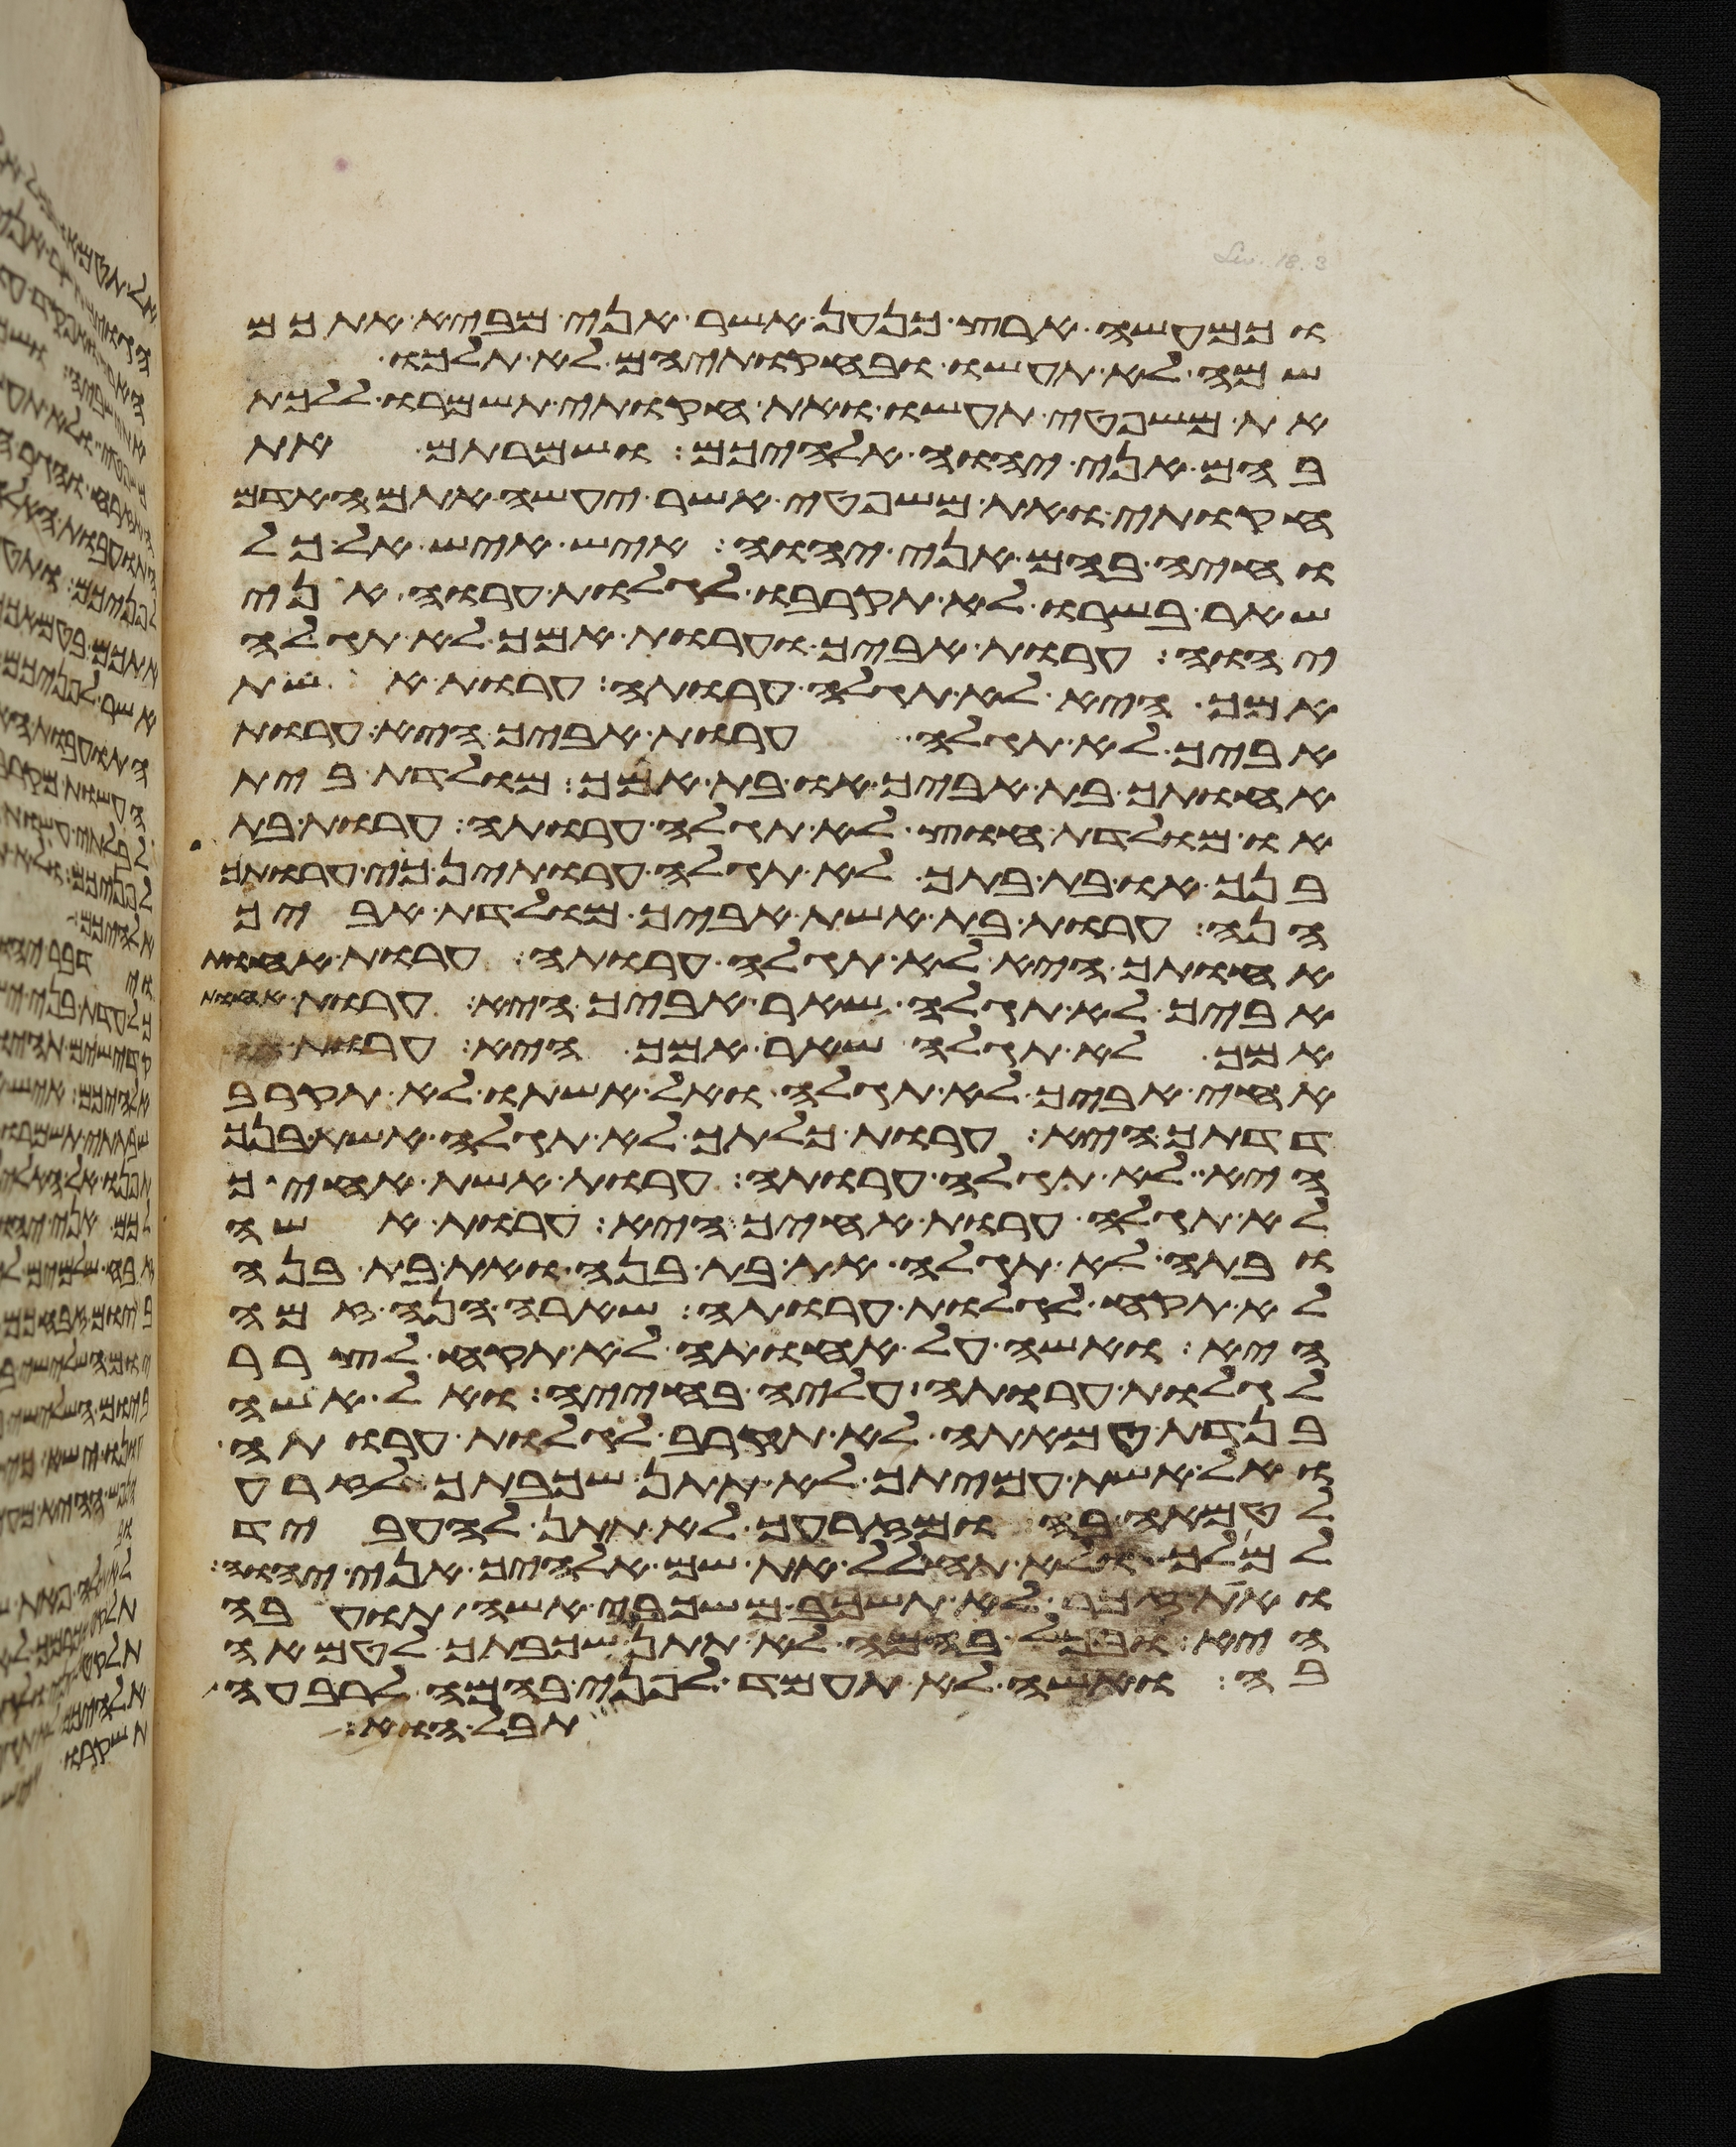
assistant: וכמעשה ארץ כנען אשר אני מביא אתכם
שמה לא תעשו ובחקתיהם לא תלכו
את משפטי תעשו ואת חקותי תשמרו ללכת
בהם אני יהוה אלהיכם ושמרתם את
חקותי ואת משפטי אשר יעשה אתם האדם
וחיה בהם אני יהוה איש איש אל כל
שאר בשרו לא תקרבו לגלות ערוה אני
יהוה ערות אביך וערות אמך לא תגלה
אמך היא לא תגלה ערותה ערות אשת
אביך לא תגלה ערות אביך היא ערות
אחותך בת אביך או בת אמך מולדת בית
או מולדת חוץ לא תגלה ערותה ערות בת
בנך או בת בתך לא תגלה ערותן כי ערותך
הנה ערות בת אשת אביך מולדת אביך
אחותך היא לא תגלה ערותה ערות אחות
אביך לא תגלה שאר אביך היא ערות אחות
אמך לא תגלה שאר אמך היא ערות אחי
אחי אביך לא תגלה ואל אשתו לא תקרב
דדתך היא ערות כלתך לא תגלה אשת בנך
היא לא תגלה ערותה ערות אשת אחיך
לא תגלה ערות אחיך היא ערות אשה
ובתה לא תגלה את בת בנה ואת בת בתה
לא תקח לגלות ערותה שארה הנה זמה
היא ואשה על אחותה לא תקח לצרר
לגלות ערותה עליה בחייה ואל אשה
בנדת טמאתה לא תקרב לגלות ערותה
ואל אשת עמיתך לא תתן שכבתך לזרע
לטמאה בה ומזרעך לא תתן להעביד
למלך ולא תחלל את שם אלהיך אני יהוה
ואת זכר לא תשכב משכבי אשה תועבה
היא ובכל בהמה לא תתן שכבתך לטמאה
בה ואשה לא תעמד לפני בהמה לרבעה
תבל הוא